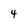
Character: 4